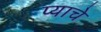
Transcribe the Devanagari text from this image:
प्याचे